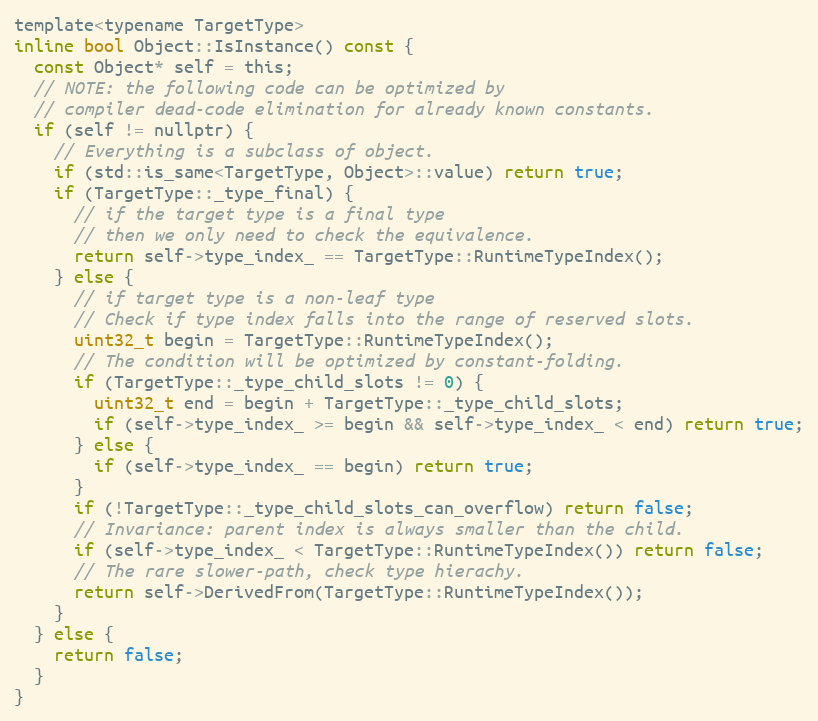
Language: C
template<typename TargetType>
inline bool Object::IsInstance() const {
  const Object* self = this;
  // NOTE: the following code can be optimized by
  // compiler dead-code elimination for already known constants.
  if (self != nullptr) {
    // Everything is a subclass of object.
    if (std::is_same<TargetType, Object>::value) return true;
    if (TargetType::_type_final) {
      // if the target type is a final type
      // then we only need to check the equivalence.
      return self->type_index_ == TargetType::RuntimeTypeIndex();
    } else {
      // if target type is a non-leaf type
      // Check if type index falls into the range of reserved slots.
      uint32_t begin = TargetType::RuntimeTypeIndex();
      // The condition will be optimized by constant-folding.
      if (TargetType::_type_child_slots != 0) {
        uint32_t end = begin + TargetType::_type_child_slots;
        if (self->type_index_ >= begin && self->type_index_ < end) return true;
      } else {
        if (self->type_index_ == begin) return true;
      }
      if (!TargetType::_type_child_slots_can_overflow) return false;
      // Invariance: parent index is always smaller than the child.
      if (self->type_index_ < TargetType::RuntimeTypeIndex()) return false;
      // The rare slower-path, check type hierachy.
      return self->DerivedFrom(TargetType::RuntimeTypeIndex());
    }
  } else {
    return false;
  }
}